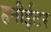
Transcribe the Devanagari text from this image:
हनीईटर